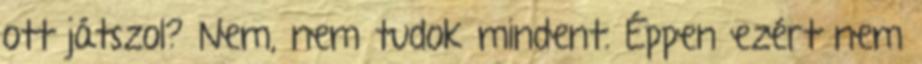
ott játszol? Nem, nem tudok mindent. Éppen ezért nem